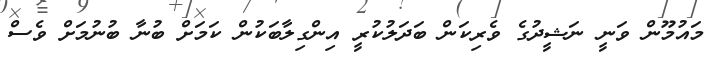
މައުމޫން ވަނީ ނަޝީދުގެ ވެރިކަން ބަދަލުކުރީ އިންގިލާބަކުން ކަމަށް ބުނާ ބުނުމަށް ވެސް